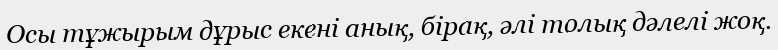
Осы тұжырым дұрыс екені анық, бірақ, әлі толық дәлелі жоқ.